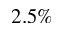
2 . 5 \%